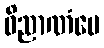
ဝိညာဏံပေ